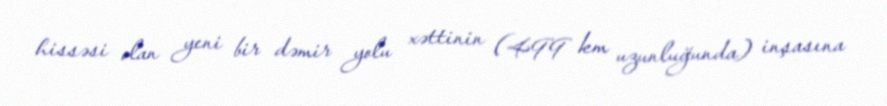
hissəsi olan yeni bir dəmir yolu xəttinin (499 km uzunluğunda) inşasına